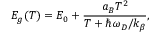
E _ { g } ( T ) = E _ { 0 } + \frac { a _ { B } T ^ { 2 } } { T + \hbar \omega _ { D } / k _ { \beta } } ,